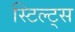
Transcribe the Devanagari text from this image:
स्टिल्ट्स